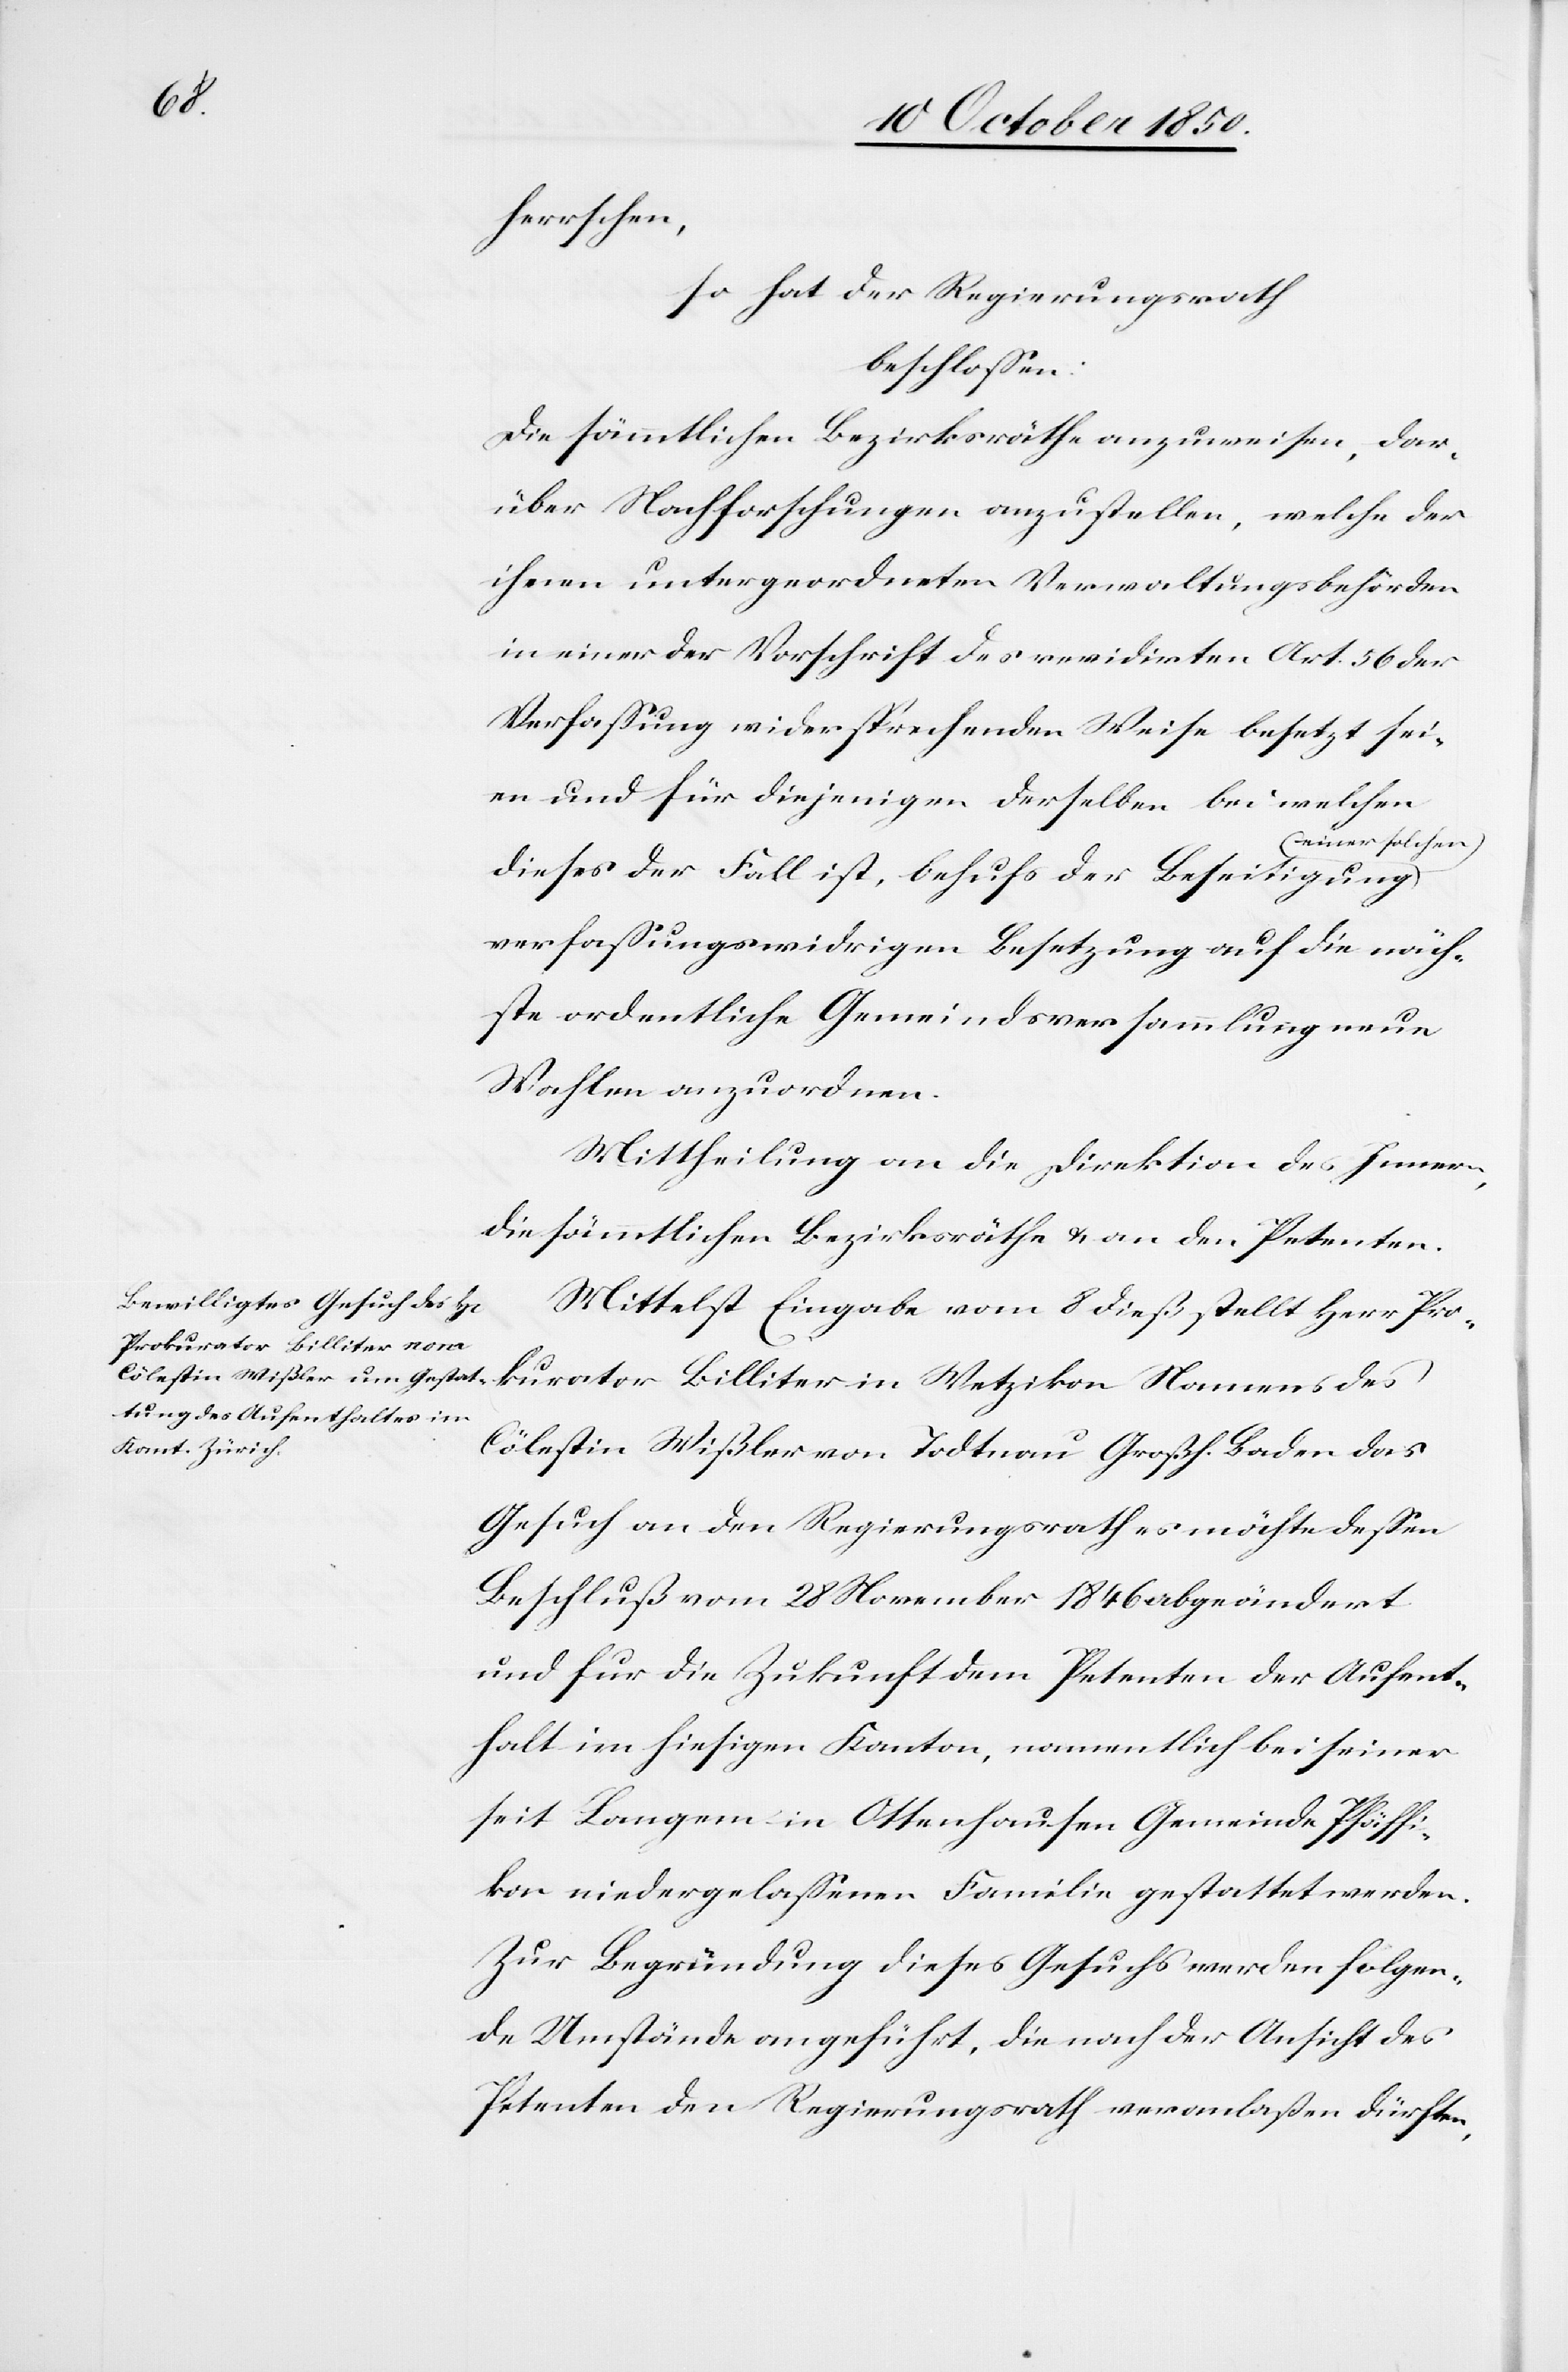
Auf¬

herrschen,
so hat der Regierungsrath
beschlossen:
Die sämmtlichen Bezirksräthe anzuweisen, dar¬
über Nachforschungen anzustellen, welche der
ihnen untergeordneten Verwaltungsbehörden
in einer der Vorschrift des revidirten Art. 56 der
Verfassung widersprechenden Weise besetzt sei¬
en und für diejenigen derselben bei welchen
einer solchen
dieses der Fall ist, behufs der Beseitigung
verfassungswidrigen Besetzung auf die näch¬
ste ordentliche Gemeindsversammlung neue
Wahlen anzuordnen.
Mittheilung an die Direktion des Innern,
die sämmtlichen Bezirksräthe & an den Petenten.
Mittelst Eingabe vom 8 dieß stellt Herr P¬
rokurator Billiter in
Cölestin Wißler von Todtnau Großh. Baden das
Gesuch an den Regierungsrath es möchte dessen
Beschluß vom 28 November 1846 abgeändert
enthalt im hiesigen Kanton, namentlich bei seiner
seit Langem in Ottenhausen Gemeinde Pfäffi¬
kon niedergelassenen Familie gestattet werden.
Zur Begründung dieses Gesuchs werden folgen¬
de Umstände angeführt, die nach der Ansicht des
Petenten den Regierungsrath veranlassen dürften,